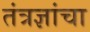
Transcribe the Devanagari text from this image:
तंत्रज्ञांचा